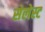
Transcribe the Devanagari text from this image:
सेलेस्ट